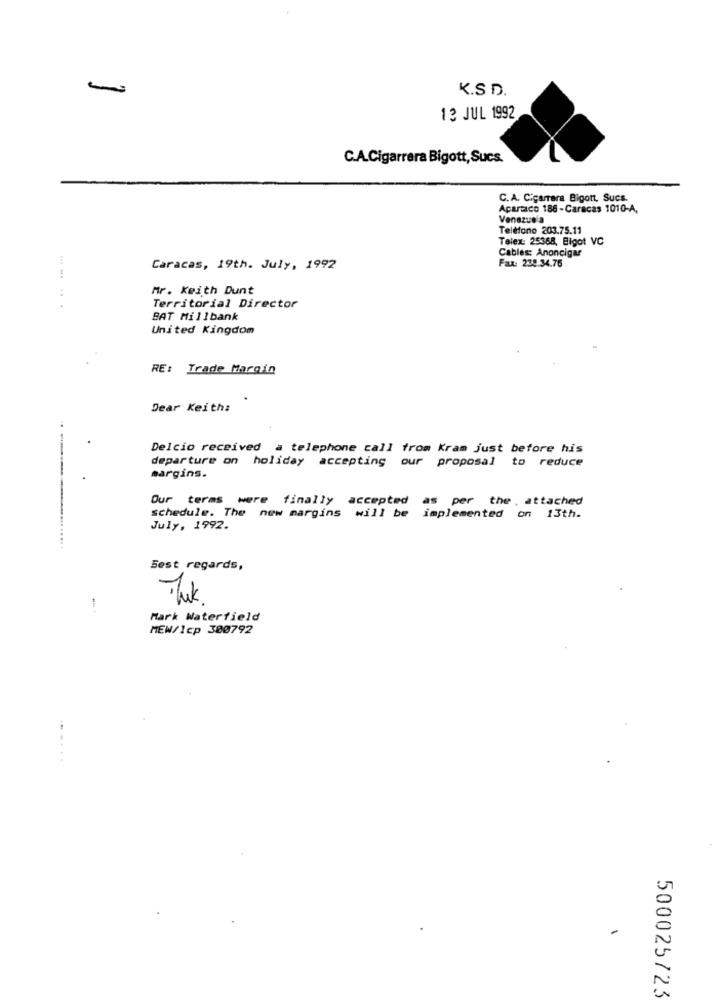
-
K.S D.
13 JUL 1992
C.A.Cigarrera Bigott, Sucs.
C. A. C.carrara Bigont. Sucs.
Apartaco 188 - Caracas 1010-A,
Venezuela
Teléfono 203.75.11
Telex: 25368, Bigot VC
Cables: Anoncigar
Fax: 238.34.76
Caracas, 19th. July, 1992
Mr. Keith Dunt
..... ..
Territorial Director
BAT Millbank
United Kingdom
RE: Trade Margin
Dear Keith:
Delcio received a telephone call from Kram just before his
departure on holiday accepting our proposal to reduce
margins.
Our terms were finally accepted as per the attached
schedule. The new margins will be implemented on 13th.
July, 1992.
Best regards,
Tik.
-
Mark Waterfield
MEW/1cp 300792
.....
500025723